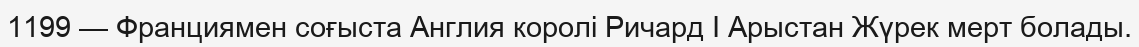
1199 — Франциямен соғыста Англия королі Ричард I Арыстан Жүрек мерт болады.